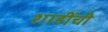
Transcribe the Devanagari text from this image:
शाहींची